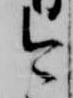
今